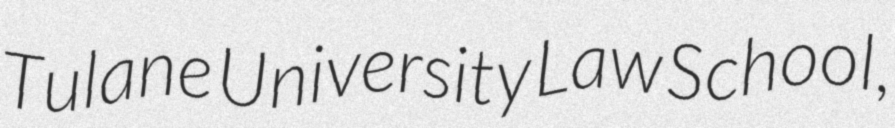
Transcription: Tulane University Law School,